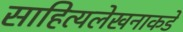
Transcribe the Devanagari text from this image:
साहित्यलेखनाकडे